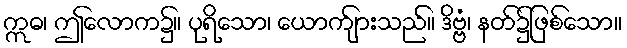
ဣဓ၊ ဤလောက၌။ ပုရိသော၊ ယောက်ျားသည်။ ဒိဗ္ဗံ၊ နတ်၌ဖြစ်သော။